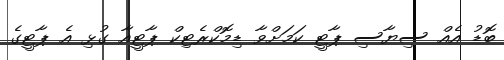
ބޮޑު އެއް ސިޔާސި ޕާޓީ ކަމަށްވާ ޑިމޮކްރެޓިކް ޕާޓީއާ ގުޅި އެ ޕާޓީގެ